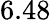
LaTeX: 6.48